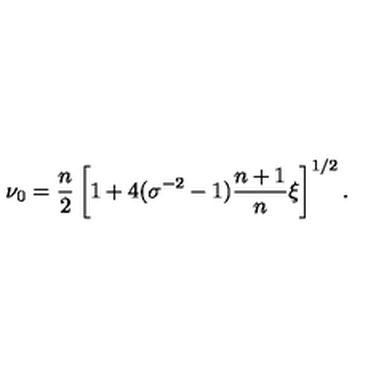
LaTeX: \nu _ { 0 } = \frac { n } { 2 } \left[ 1 + 4 ( \sigma ^ { - 2 } - 1 ) \frac { n + 1 } { n } \xi \right] ^ { 1 / 2 } .